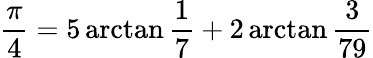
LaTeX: {\frac{\pi}{4}}=5\arctan{\frac{1}{7}}+2\arctan{\frac{3}{79}}